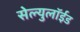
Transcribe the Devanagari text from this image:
सेल्युलॉईड